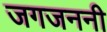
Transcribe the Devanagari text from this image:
जगजननी